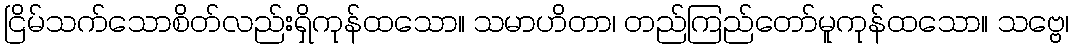
ငြိမ်သက်သောစိတ်လည်းရှိကုန်ထသော။ သမာဟိတာ၊ တည်ကြည်တော်မူကုန်ထသော။ သဗ္ဗေ၊